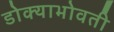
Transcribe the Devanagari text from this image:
डोक्याभोवती